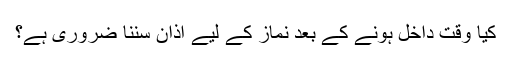
کیا وقت داخل ہونے کے بعد نماز کے لیے اذان سننا ضروری ہے؟